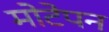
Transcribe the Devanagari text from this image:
मोटेपन